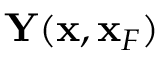
{ \bf Y } ( { \bf x } , { \bf x } _ { F } )